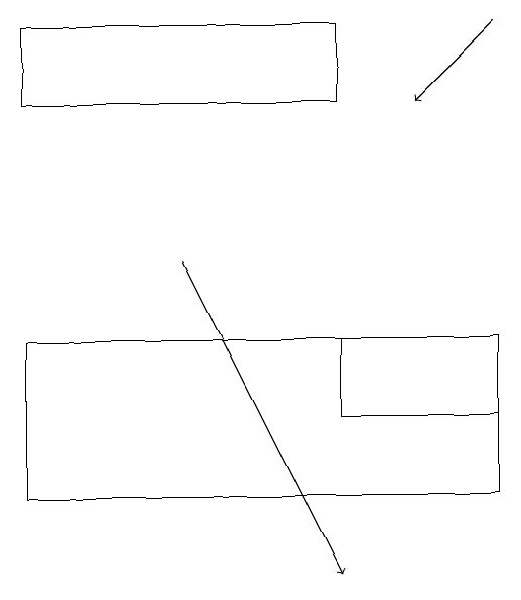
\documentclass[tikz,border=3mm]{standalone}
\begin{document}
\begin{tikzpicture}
\draw[->] (5,15) -- (7,11);
\draw (7,13) rectangle (9,14);
\draw[->] (9,18) -- (8,17);
\draw (9,14) rectangle (3,12);
\draw (3,18) rectangle (7,17);
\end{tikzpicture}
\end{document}